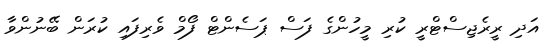
އަދި ރީރެޖިސްޓްރީ ކުރި މީހުންގެ ފަސް ޕަސެންޓް ފޯމް ވެރިފައި ކުރަން ބޭނުންވާ